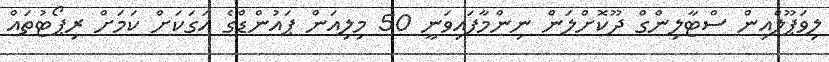
ލިވަޕޫލްއިން ސްޓާލިންގް ދޫކޮށްލަން ނިންމާފައިވަނީ 50 މިލިއަން ޕައުންޑްގެ އަގަކަށް ކަމަށް ރިޕޯޓުތައް